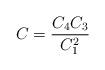
LaTeX: \begin{align*}{\displaystyle{C=\frac{C_{4}C_{3}}{C^{2}_{1}} }}\end{align*}